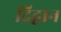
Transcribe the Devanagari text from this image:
दिद्वान